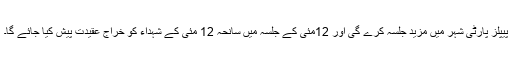
پیپلز پارٹی شہر میں مزید جلسہ کرے گی اور 12مئی کے جلسہ میں سانحہ 12 مئی کے شہداء کو خراج عقیدت پیش کیا جائے گا۔